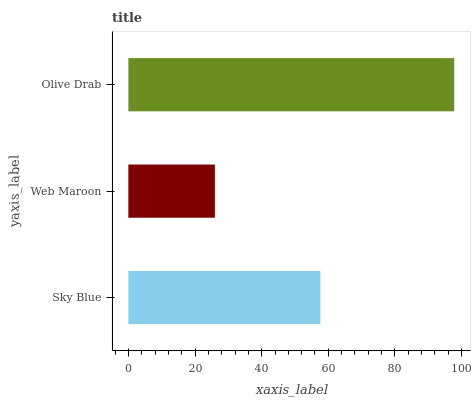
| yaxis_label | bars |
 | --- | --- |
 | Sky Blue | 57.6 |
 | Web Maroon | 26 |
 | Olive Drab | 97.8 |